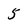
Character: 5